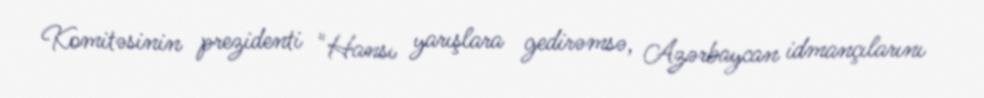
Komitəsinin prezidenti "Hansı yarışlara gedirəmsə, Azərbaycan idmançılarını